Senior Leaving Certificate Examination (including Day School Certificate (Higher) General paper), 1947
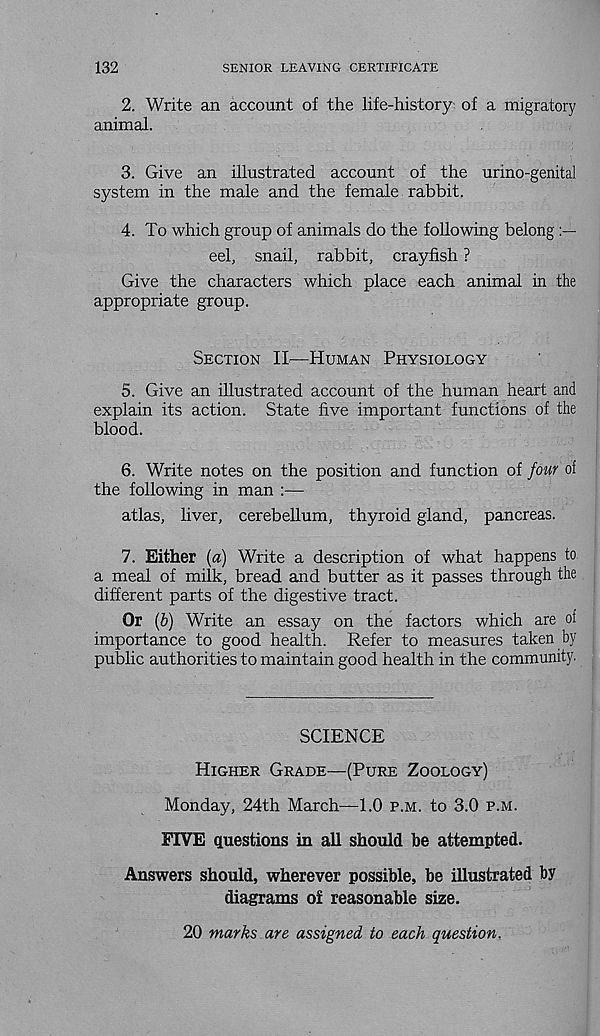
132
SENIOR LEAVING CERTIFICATE
2. Write an account of the life-history of a migratory
animal.
3. Give an illustrated account of the urino-genital
system in the male and the female rabbit.
4. To which group of animals do the following belong
eel, snail, rabbit, crayfish ?
Give the characters which place each animal in the
appropriate group.
Section II—Human Physiology
5. Give an illustrated account of the human heart and
explain its action. State five important functions of the
blood.
6. Write notes on the position and function of four of
the following in man :—
atlas, liver, cerebellum, thyroid gland, pancreas.
7. Either [a) Write a description of what happens to
a meal of milk, bread and butter as it passes through the
different parts of the digestive tract.
Or (&) Write an essay on the factors which are of
importance to good health. Refer to measures taken by
public authorities to maintain good health in the community.
SCIENCE
Higher Grade—-(Pure Zoology)
Monday, 24th March—1.0 p.m. to 3.0 p.m.
FIVE auestions in all should be attempted.
Answers should, wherever possible, be illustrated by
diagrams o£ reasonable size.
20 marks are assigned to each question.